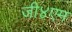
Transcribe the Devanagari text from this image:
जी४एम